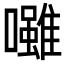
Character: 𡄪